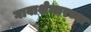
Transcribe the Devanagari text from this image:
गावाशेजारच्या